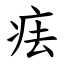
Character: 㾀